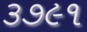
૩૭૯૧